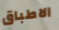
الاطباق